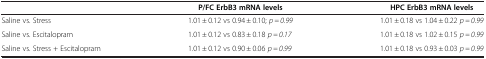
|  | P/FC ErbB3 mRNA levels | HPC ErbB3 mRNA levels |
 | --- | --- | --- |
 | Saline vs. Stress | 1.01 ± 0.12 vs 0.94 ± 0.10; p = 0.99 | 1.01 ± 0.18 vs 1.04 ± 0.22 p = 0.99 |
 | Saline vs. Escitalopram | 1.01 ± 0.12 vs 0.83 ± 0.18 p = 0.17 | 1.01 ± 0.18 vs 1.02 ± 0.15 p = 0.99 |
 | Saline vs. Stress + Escitalopram | 1.01 ± 0.12 vs 0.90 ± 0.06 p = 0.99 | 1.01 ± 0.18 vs 0.93 ± 0.03 p = 0.99 |